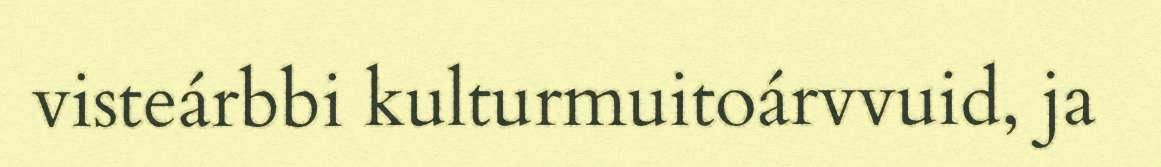
visteárbbi kulturmuitoárvvuid, ja